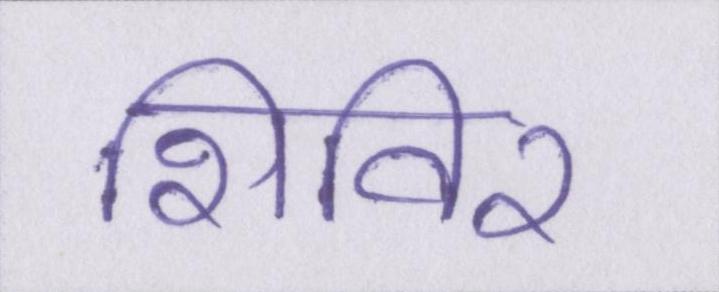
शिविर